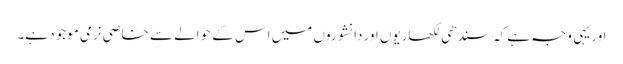
اور یہی وجہ ہے کہ سندھی لکھاریوں اور دانشوروں میں اس کے حوالے سے خاصی نرمی موجود ہے۔